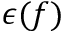
\epsilon ( f )